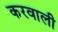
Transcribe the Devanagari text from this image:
करवाली